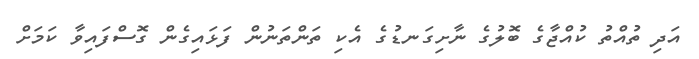
އަދި ތުއްތު ކުއްޖާގެ ބޮލުގެ ނާށިގަނޑުގެ އެކި ތަންތަނުން ފަޅައިގެން ގޮސްފައިވާ ކަމަށް